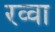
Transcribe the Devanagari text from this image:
रव्वा